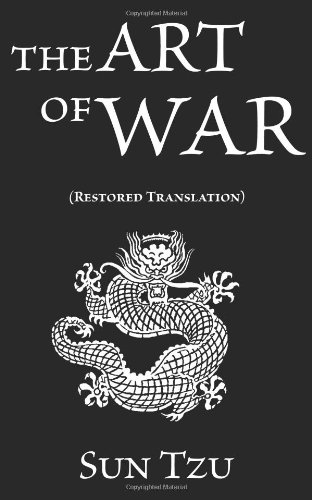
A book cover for Sun Tzu: The Art of War (Restored Translation); Sun Tzu; Business & Money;